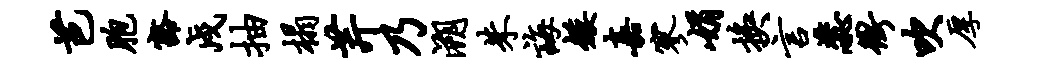
芭胞豁戍抽榻芹乃溯朱诲矮嘉寥娟换言蕊冲吹厚